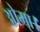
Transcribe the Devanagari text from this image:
ओमा।